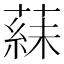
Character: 𬞍